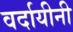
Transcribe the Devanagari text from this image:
वर्दायीनी